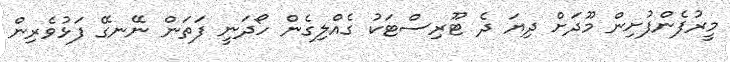
މީރުފެންފުށިން މޫދަށް ދިޔަ ދެ ޓޫރިސްޓަކު ގެއްލިގެން ހޯދަނީ ފަތަން ނޭނގޭ ފަޅުވެރިން